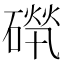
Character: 𥕚